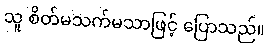
သူ စိတ်မသက်မသာဖြင့် ပြောသည်။